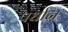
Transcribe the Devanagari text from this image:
पर्धान